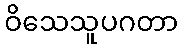
ဝိသေသူပဂတာ